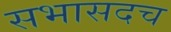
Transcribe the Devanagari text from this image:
सभासदच